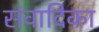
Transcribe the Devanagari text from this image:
संवादिका